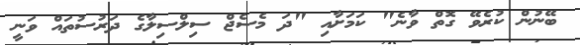
ބޭނުން ކުރެވޭ ގޮތް ވާނެ" ކަމަށާއި "ދަ މެސެޖް ސިލްސިލާގެ ދަރުސުތައް ވަނީ